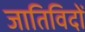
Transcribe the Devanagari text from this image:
जातिविदों